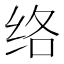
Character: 络